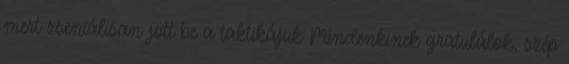
mert zseniálisan jött be a taktikájuk Mindenkinek gratulálok, szép